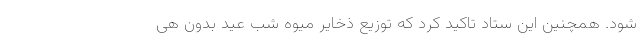
شود. همچنین این ستاد تاکید کرد که توزیع ذخایر میوه شب عید بدون هی